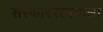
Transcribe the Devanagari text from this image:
संस्काररत्नमाला